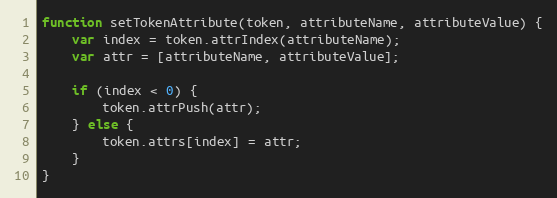
Language: JavaScript
function setTokenAttribute(token, attributeName, attributeValue) {
    var index = token.attrIndex(attributeName);
    var attr = [attributeName, attributeValue];

    if (index < 0) {
        token.attrPush(attr);
    } else {
        token.attrs[index] = attr;
    }
}